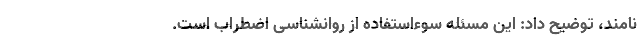
‌نامند، توضیح داد: این مسئله سوءاستفاده از روانشناسی اضطراب است.